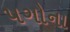
પગોના